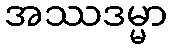
အဿဒမ္မာ